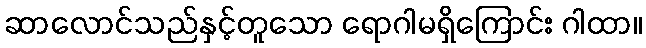
ဆာလောင်သည်နှင့်တူသော ရောဂါမရှိကြောင်း ဂါထာ။